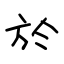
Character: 於